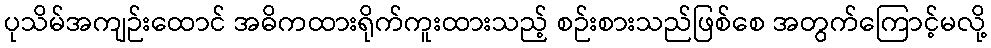
ပုသိမ်အကျဉ်းထောင် အဓိကထားရိုက်ကူးထားသည့် စဉ်းစားသည်ဖြစ်စေ အတွက်ကြောင့်မလို့